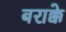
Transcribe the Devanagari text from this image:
बराक्के